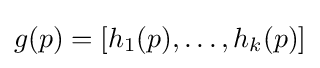
g(p)=[h_{1}(p),\ldots ,h_{k}(p)]